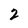
Character: 2